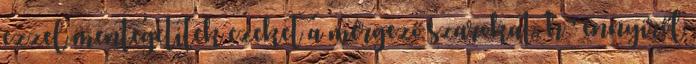
ezzel mentegetitek ezeket a mérgező szarokat, h ' ennyiről